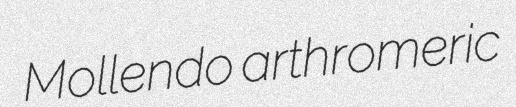
Mollendo arthromeric